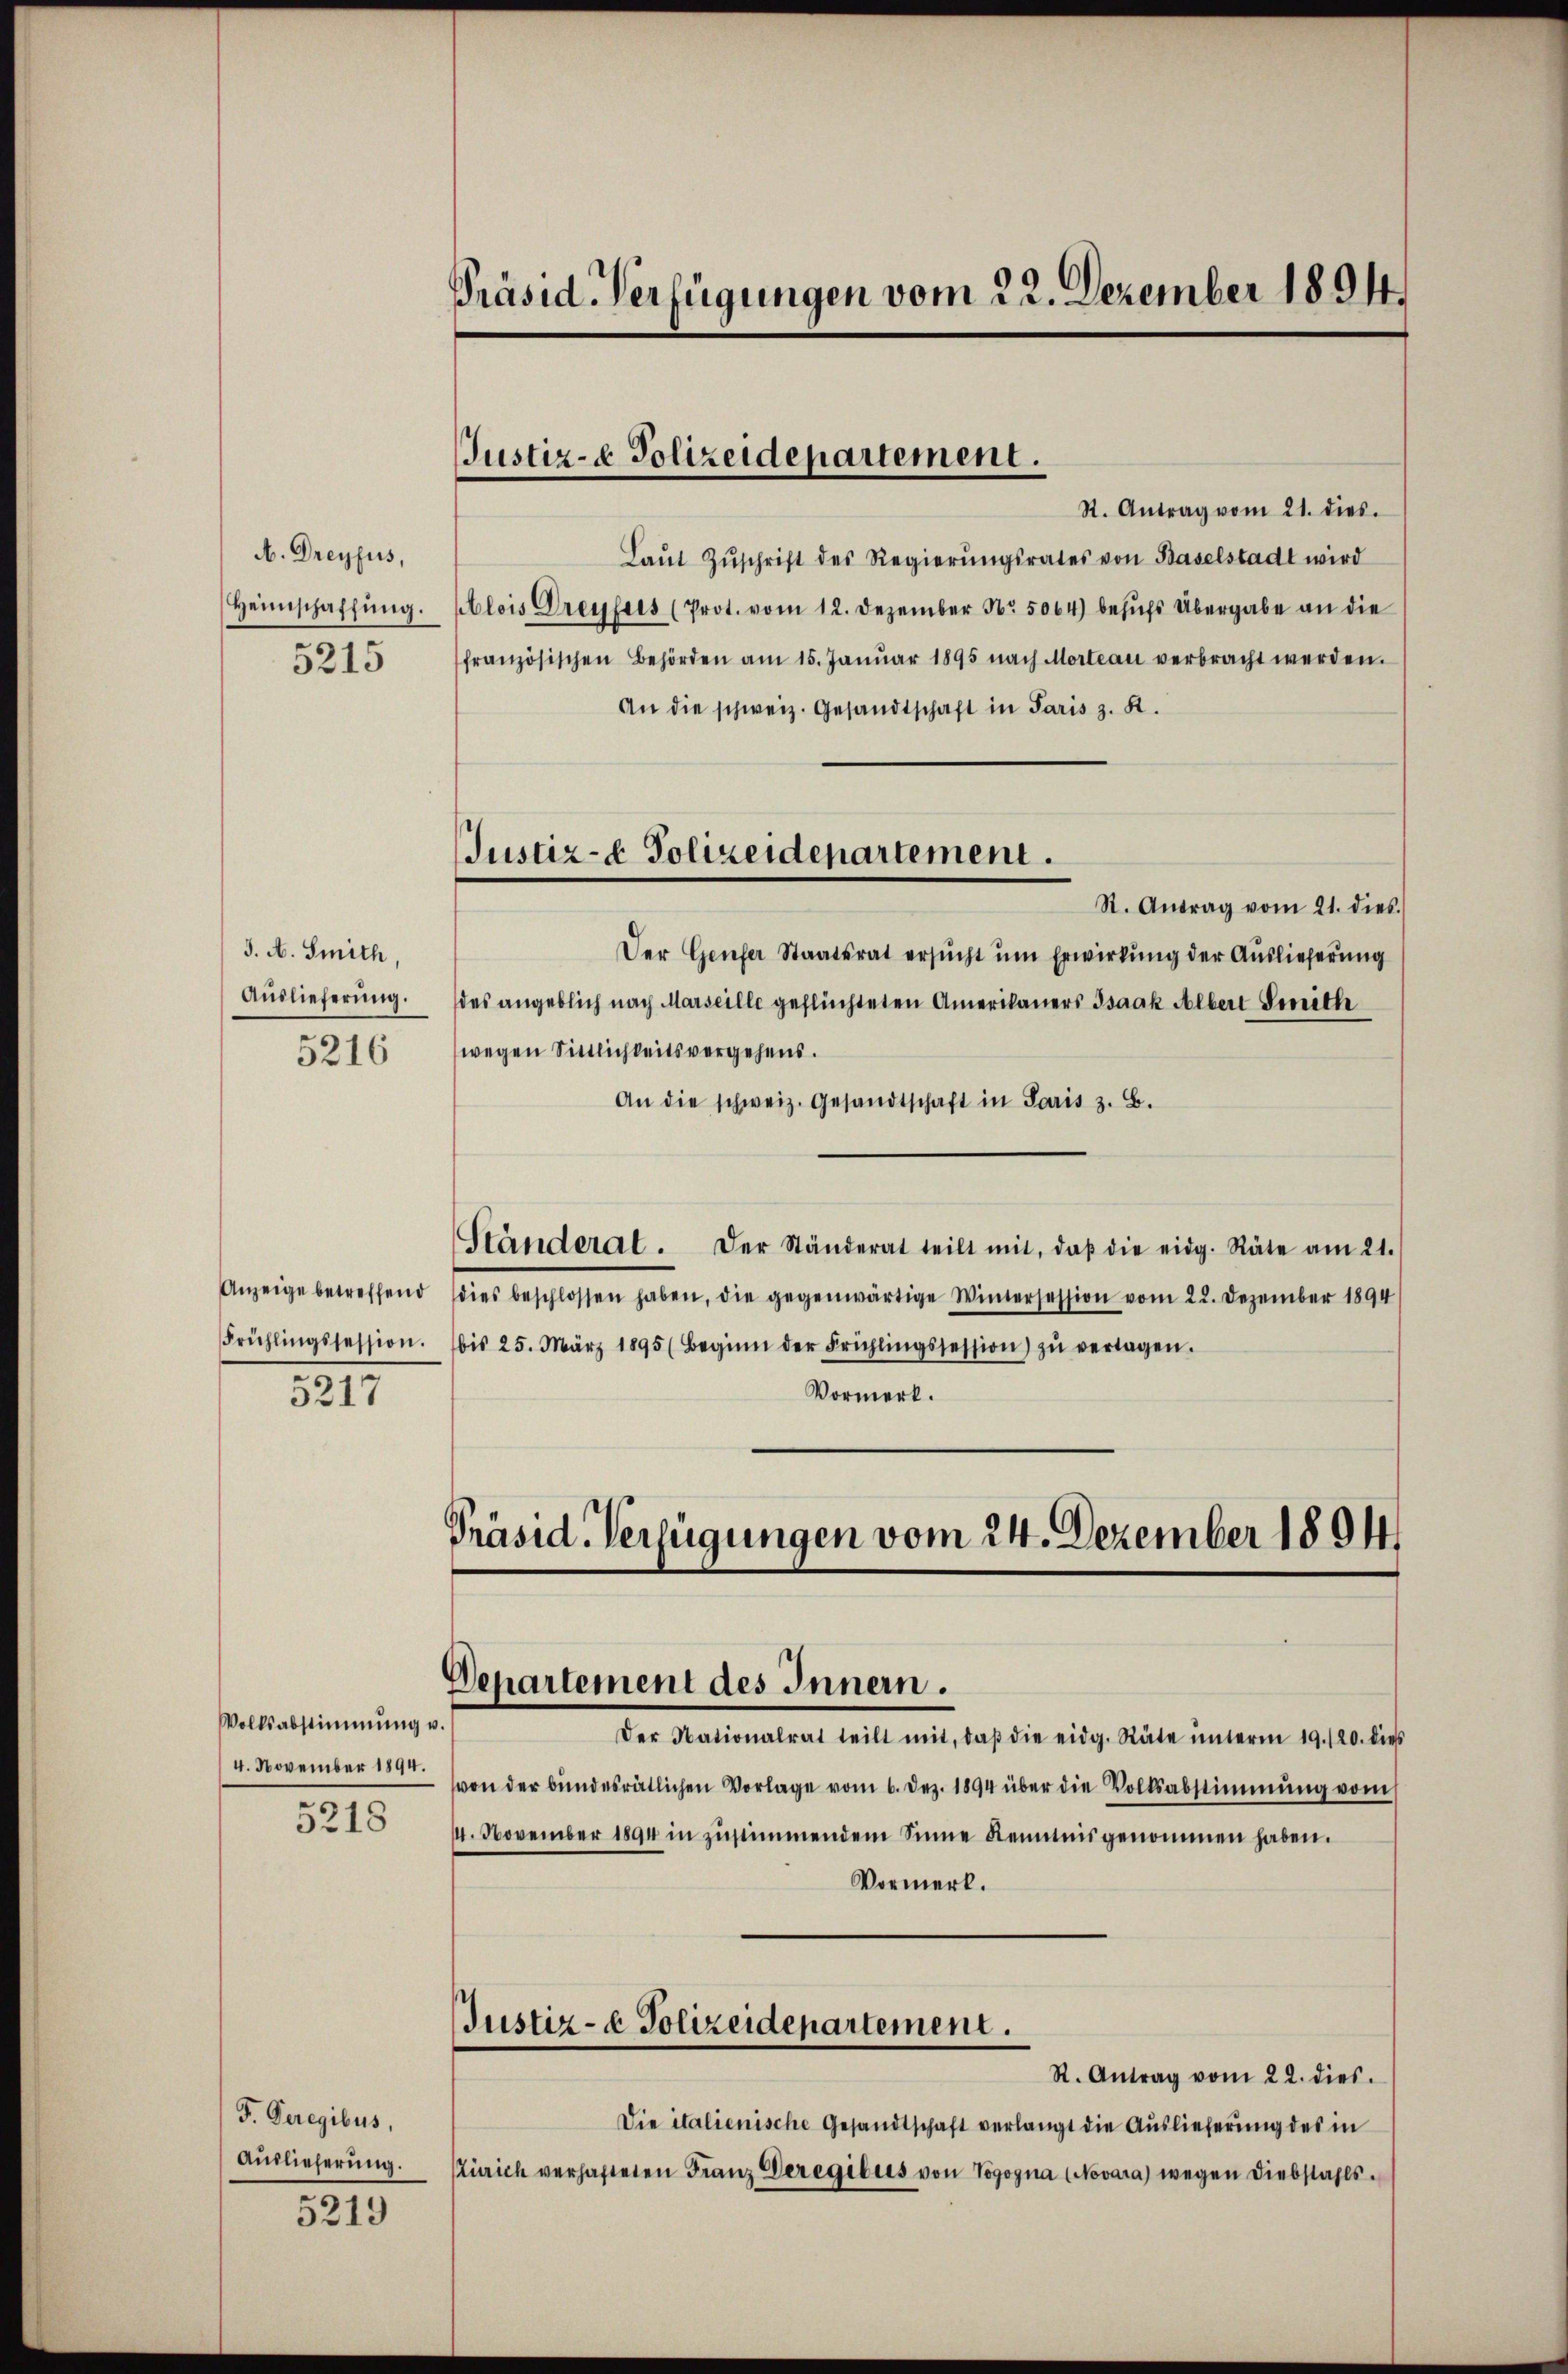
A. Dreyfus,

3. A. Smith,
5216

5217

Volksabstimmung u.
4. November 1894.

5218

F. Geregibus,
Auslieferung.

5219

Präsid. Verfügungen vom 22. Dezember 1894.

R. Antrag vom 21. dies.
Laŭt Zŭschrift des Regierŭngsrates von Baselstadt wird
Heimschaffŭng. Alois Dreyfees (Prot. vom 12. Dezember No. 5064) behŭfs Übergabe an die
5215 französischen Behörden am 15. Janŭar 1895 nach Morteau verbracht werden.
An die schweiz. Gesandtschaft in Paris z. R.
St. Antrag vom 21. dies
Der Genfer Staatsrat ersucht um Erwirkung der Auslieferung
Aŭslieferŭng. (des angeblich nach Marseille geflüchteten Amerikaners Isaak Albert Genith
wegen Sittlichkeitsvergehens.
An die schweiz. Gesandtschaft in Paris z. B.
Ständerat. Der Ständerat teilt mit, daβ die eidg. Räte am 21.
Anzeige betreffend dies beschlossen haben, die gegenwärtige Wintersession vom 22. Dezember 1894
Frühlingssession. bis 25. März 1895 (Beginn der Frühlingssession zŭ verlagen.
Vormerk.
Präsid-Verfügungen vom 24. Dezember 1894

Justiz- & Polizeidepartement.

Justiz- & Polizeidepartement.

Departement des Innern.

Der Nationalrat teilt mit, daβ die eidg. Räte ŭnterm 19./20. dies
von der bundesrätlichen Vorlage vom 6. Dez. 1894 über die Volksabstimmung vom
4. November 1894 in zŭstimmendem Sinne Kenntnis genommen haben.
Vormerk.
Justiz- & Polizeidepartement.
R. Antrag vom 22. dies.
Die italienische Gesandtschaft verlangt die Auslieferung des in
Zürich verhafteten Franz Deregibres von Vogogna (Novara) wegen Diebstahls¬